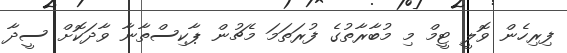
ފިރިހެން ވޮލީ ޓީމް މި މުބާރާތުގެ ފުރަތަމަ މެޗުން ޕާކިސްތާނާ ވާދަކޮށް ސީދާ